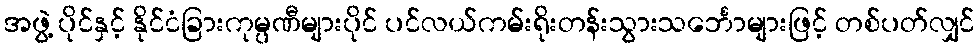
အဖွဲ့ ပိုင်နှင့် နိုင်ငံခြားကုမ္ပဏီများပိုင် ပင်လယ်ကမ်းရိုးတန်းသွားသင်္ဘောများဖြင့် တစ်ပတ်လျှင်